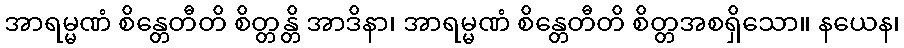
အာရမ္မဏံ စိန္တေတီတိ စိတ္တန္တိ အာဒိနာ၊ အာရမ္မဏံ စိန္တေတီတိ စိတ္တအစရှိသော။ နယေန၊